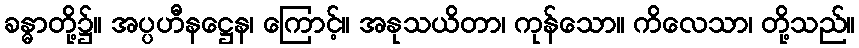
ခန္ဓာတို့၌။ အပ္ပဟီနဋ္ဌေန၊ ကြောင့်။ အနုသယိတာ၊ ကုန်သော။ ကိလေသာ၊ တို့သည်။